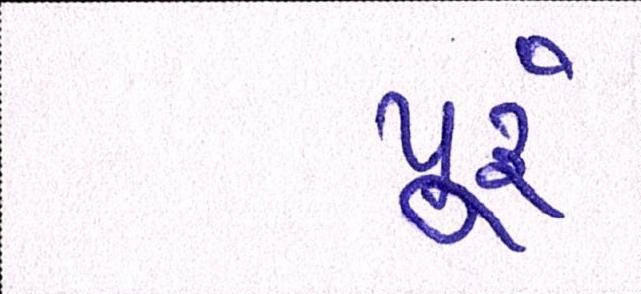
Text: પૂ્રું